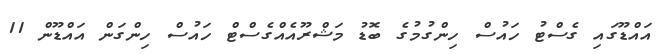
އައްޑޫގައި ގެސްޓު ހައުސް ހިންގުމުގެ ބޮޑު މަޝްރޫއެއްގެސްޓް ހައުސް ހިންގަން އައްޑޫން 11